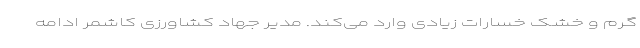
گرم و خشک خسارات زیادی وارد می‌کند. مدیر جهاد کشاورزی کاشمر ادامه